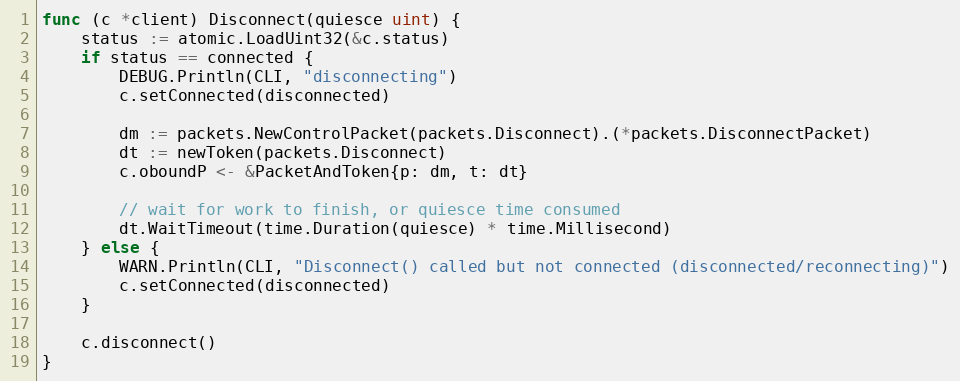
Language: Go
func (c *client) Disconnect(quiesce uint) {
	status := atomic.LoadUint32(&c.status)
	if status == connected {
		DEBUG.Println(CLI, "disconnecting")
		c.setConnected(disconnected)

		dm := packets.NewControlPacket(packets.Disconnect).(*packets.DisconnectPacket)
		dt := newToken(packets.Disconnect)
		c.oboundP <- &PacketAndToken{p: dm, t: dt}

		// wait for work to finish, or quiesce time consumed
		dt.WaitTimeout(time.Duration(quiesce) * time.Millisecond)
	} else {
		WARN.Println(CLI, "Disconnect() called but not connected (disconnected/reconnecting)")
		c.setConnected(disconnected)
	}

	c.disconnect()
}